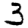
Digit: 3